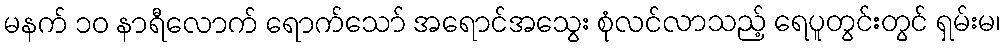
မနက် ၁၀ နာရီလောက် ရောက်သော် အရောင်အသွေး စုံလင်လာသည့် ရေပူတွင်းတွင် ရှမ်းမ၊